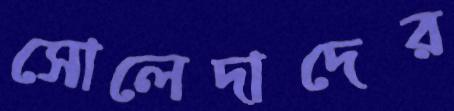
সোলেদাদের